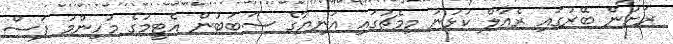
ރަށުން ބޭރުގައި ރެއާލް ކުޅުނު މިމެޗުގައި އަނިޔާގެ ސަބަބުން އެޓީމުގެ މުހިންމު ފަސް